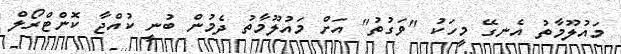
މައުލޫމާތު އެނގޭ މީހަކު "ވަގުތު" އަށް މައުލޫމާތު ދެމުން ބުނީ ކުއްޖާ ކޮންޓްރޯލް